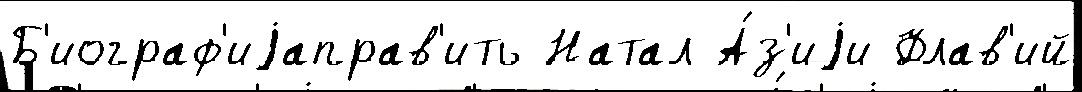
Б'иограф'иjаправ'ить Натал А́з'иjи Флав'ий